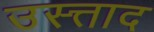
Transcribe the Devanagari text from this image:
उस्त्ताद